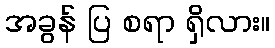
အခွန် ပြ စရာ ရှိလား။